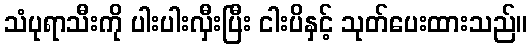
သံပုရာသီးကို ပါးပါးလှီးပြီး ငါးပိနှင့် သုတ်ပေးထားသည်။